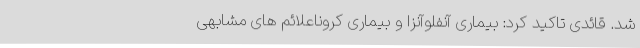
شد. قائدی تاکید کرد: بیماری آنفلوآنزا و بیماری کروناعلائم های مشابهی